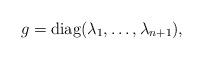
LaTeX: \begin{align*} g=\mathrm{diag} (\lambda_1, \ldots, \lambda_{n+1}),\end{align*}